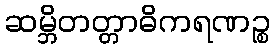
ဆမ္ဘိတတ္တာဓိကရဏဉ္စ